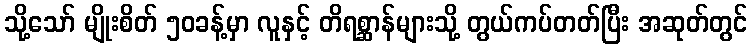
သို့သော် မျိုးစိတ် ၅၀ခန့်မှာ လူနှင့် တိရစ္ဆာန်များသို့ တွယ်ကပ်တတ်ပြီး အဆုတ်တွင်